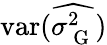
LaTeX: \mathrm{var}(\widehat{\sigma_{\mathrm{~G~}}^{2}})